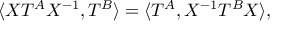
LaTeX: \langle { \cal X } T ^ { A } { \cal X } ^ { - 1 } , T ^ { B } \rangle = \langle T ^ { A } , { \cal X } ^ { - 1 } T ^ { B } { \cal X } \rangle ,